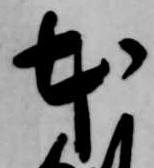
本